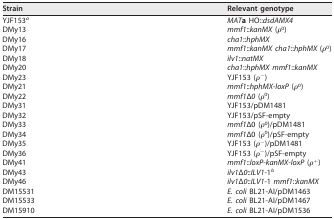
<table><thead><tr><td><b>Strain</b></td><td><b>Relevant genotype</b></td></tr></thead><tbody><tr><td>YJF153<sup>a</sup></td><td><i>MAT</i><b>a</b> HO::<i>dsdAMX4</i></td></tr><tr><td>DMy13</td><td><i>mmf1</i>::<i>kanMX</i> (ρ<sup>0</sup>)</td></tr><tr><td>DMy16</td><td><i>cha1</i>::<i>hphMX</i></td></tr><tr><td>DMy17</td><td><i>mmf1</i>::<i>kanMX cha1</i>::<i>hphMX</i> (ρ<sup>0</sup>)</td></tr><tr><td>DMy18</td><td><i>ilv1</i>::<i>natMX</i></td></tr><tr><td>DMy20</td><td><i>cha1</i>::<i>hphMX mmf1</i>::<i>kanMX</i></td></tr><tr><td>DMy23</td><td>YJF153 (ρ<sup>−</sup>)</td></tr><tr><td>DMy21</td><td><i>mmf1</i>::<i>hphMX</i>-<i>loxP</i> (ρ<sup>0</sup>)</td></tr><tr><td>DMy22</td><td><i>mmf1</i>Δ<i>0</i> (ρ<sup>0</sup>)</td></tr><tr><td>DMy31</td><td>YJF153/pDM1481</td></tr><tr><td>DMy32</td><td>YJF153/pSF-empty</td></tr><tr><td>DMy33</td><td><i>mmf1</i>Δ0 (ρ<sup>0</sup>)/pDM1481</td></tr><tr><td>DMy34</td><td><i>mmf1</i>Δ0 (ρ<sup>0</sup>)/pSF-empty</td></tr><tr><td>DMy35</td><td>YJF153 (ρ<sup>−</sup>)/pDM1481</td></tr><tr><td>DMy36</td><td>YJF153 (ρ<sup>−</sup>)/pSF-empty</td></tr><tr><td>DMy41</td><td><i>mmf1</i>::<i>loxP-kanMX-loxP</i> (ρ<sup>+</sup>)</td></tr><tr><td>DMy43</td><td><i>ilv1</i>Δ<i>0</i>::<i>ILV1</i>-1<sup>b</sup></td></tr><tr><td>DMy46</td><td><i>ilv1</i>Δ<i>0</i>::<i>ILV1</i>-1 <i>mmf1</i>::<i>kanMX</i></td></tr><tr><td>DM15531</td><td><i>E. coli</i> BL21-AI/pDM1463</td></tr><tr><td>DM15533</td><td><i>E. coli</i> BL21-AI/pDM1467</td></tr><tr><td>DM15910</td><td><i>E. coli</i> BL21-AI/pDM1536</td></tr></tbody></table>